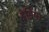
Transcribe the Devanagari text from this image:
इडिंया